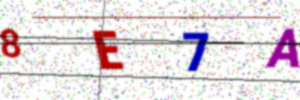
Text: 8E7A